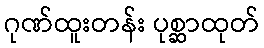
ဂုဏ်ထူးတန်း ပုစ္ဆာထုတ်